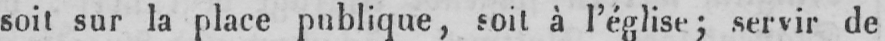
soit sur la place publique, soit à l’église; servir de